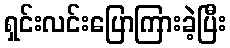
ရှင်းလင်းပြောကြားခဲ့ပြီး